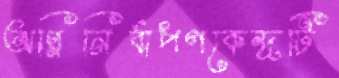
অগ্নিনির্বাপণকেন্দ্রটি